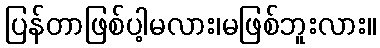
ပြန်တာဖြစ်ပါ့မလား၊မဖြစ်ဘူးလား။